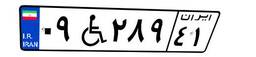
۲۱W۷۸۰۴۵